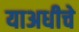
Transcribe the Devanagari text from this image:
याअधीचे